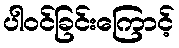
ပါဝင်ခြင်းကြောင့်